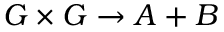
G \times G \to A + B